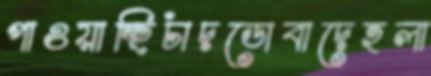
পাওয়াচ্ছিচাঁদডোবাদেহলা